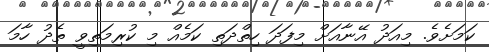
ކަމަށެވެ. މިއަދު އޭނާއަށް މިފަދަ ހިތްދަތި ކަމެއް މި ކުރިމަތިވީ ތެދު ހާމަ